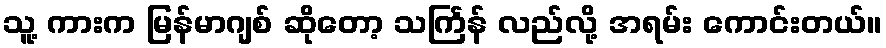
သူ့ ကားက မြန်မာဂျစ် ဆိုတော့ သင်္ကြန် လည်လို့ အရမ်း ကောင်းတယ်။